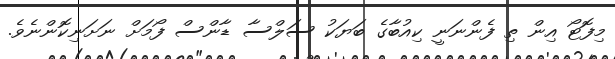
މިފޮޓޯ އިން ތި ފެންނަނީ ކިއުބާގެ ބަޔަކު ސަލްސާ ޑާންސް ފޯމަށް ނަށަނިކޮންނެވެ.